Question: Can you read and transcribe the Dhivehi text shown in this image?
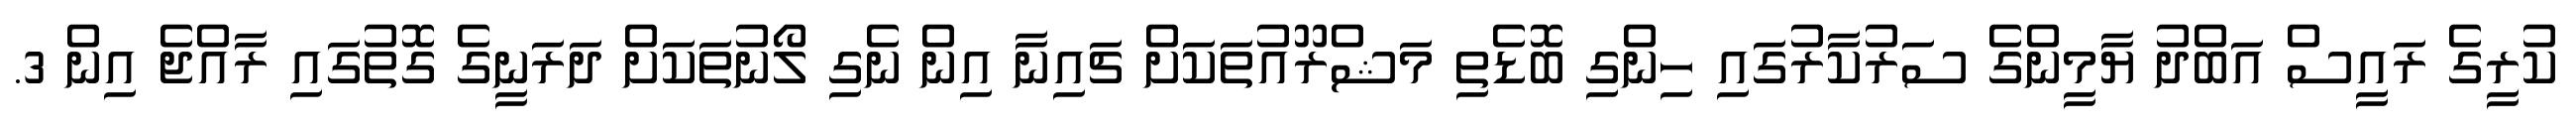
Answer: ކުރީގެ ރައީސް އަބްދު ޔާމީންގެ ސަރުކާރުގައި ހިންގި ބޮޑެތި މަޝްރޫއުތަކަށް ޗައިނާ އިން ނެގި ލޯނުތަކަށް ދަރަނީގެ ގޮތުގައި ރާއްޖެ އިން 3.